Vaccination in Bombay 1924-1928 - 1924-1928
Year: 1924
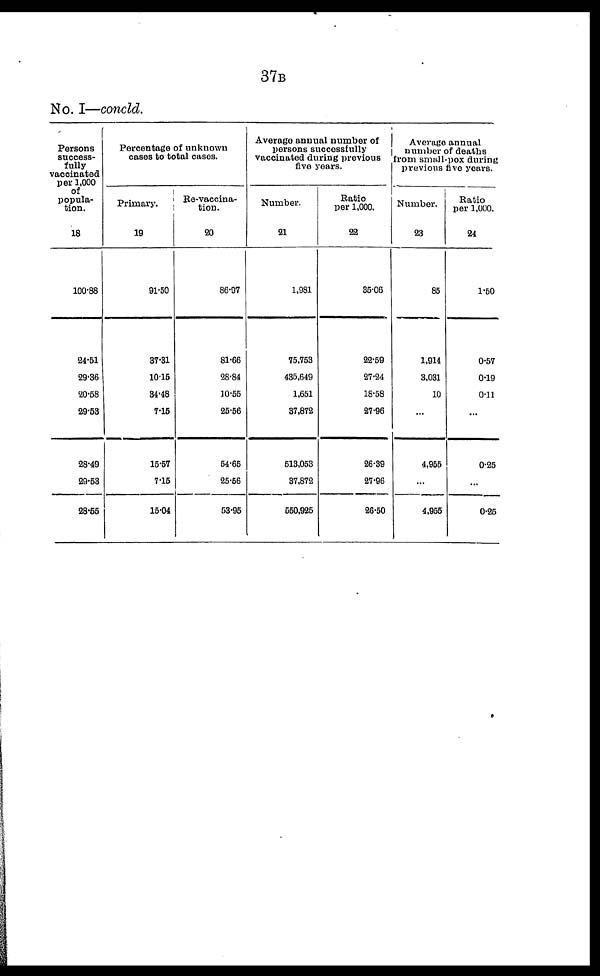
37B
No. I—concld.
Persons
success-
fully
vaccinated
per 1,000
of
popula-
tion.
18
100.88
24.51
29.36
20.58
29.53
28.49
29.53
28.55
Percentage of unknown
cases to total cases.
Primary.
19
91.50
37.31
10.15
34.48
7.15
15.57
7.15
15.04
Re-vaccina-
tion.
20
86.97
81.66
28.84
10.55
25.56
54.65
25.56
53.95
Average annual number of
persons successfully
vaccinated during previous
five years.
Number.
21
1,981
75,753
435,649
1,651
37,872
513,053
37,872
550,925
Ratio
per 1,000.
22
35.06
22.59
27.24
18.58
27.96
26.39
27.96
26.50
Average annual
number of deaths
from small-pox during
previous five years.
Number.
23
85
1,914
3,031
10
...
4,955
4,955
Ratio
per 1,000.
24
1.50
0.57
0.19
0.11
...
0.25
0.25